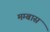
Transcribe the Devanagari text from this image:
मम्बास